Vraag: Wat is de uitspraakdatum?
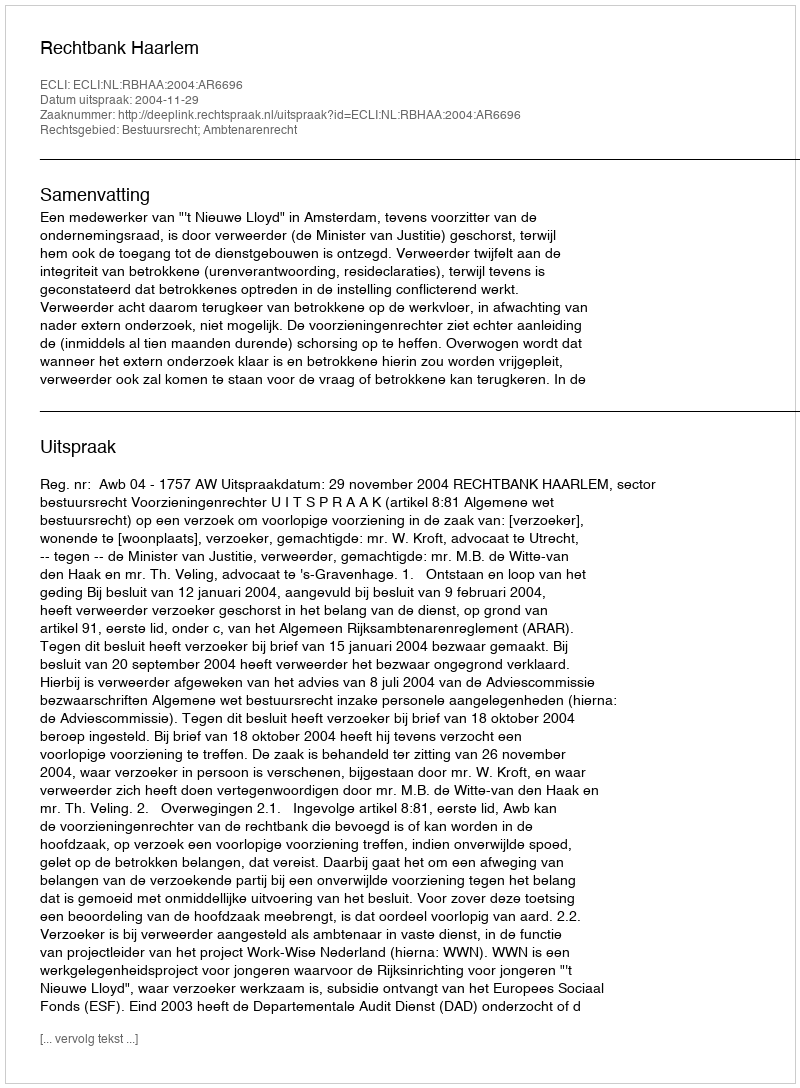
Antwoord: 2004-11-29